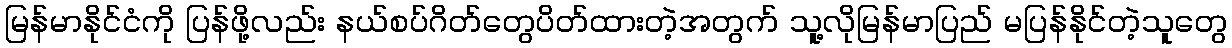
မြန်မာနိုင်ငံကို ပြန်ဖို့လည်း နယ်စပ်ဂိတ်တွေပိတ်ထားတဲ့အတွက် သူ့လိုမြန်မာပြည် မပြန်နိုင်တဲ့သူတွေ